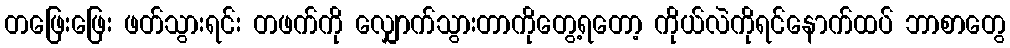
တဖြေးဖြေး ဖတ်သွားရင်း တဖက်ကို လျှောက်သွားတာကိုတွေ့ရတော့ ကိုယ်လဲကိုရင်နောက်ထပ် ဘာစာတွေ